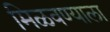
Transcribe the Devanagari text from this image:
मिळवण्याला